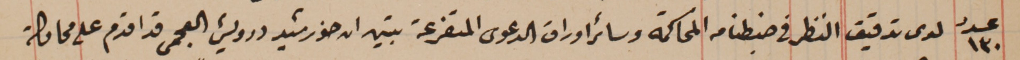
عدد ١٣٠ لدى تدقيق النظر في ضبطنا من المحاكمة وسائر اوراق الدعوى المتفرعة تبين ان خورشيد درويش العجمى قد اقدم على محاولة